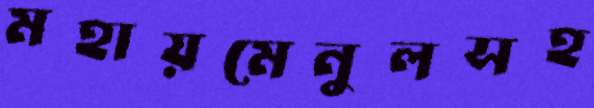
মহায়মেনুলসহ